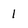
Character: 1